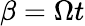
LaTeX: \beta=\Omega t